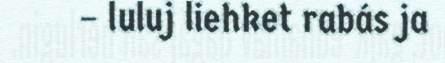
– luluj liehket rabás ja